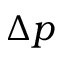
\Delta p